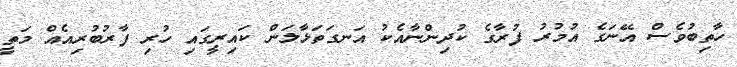
ހާތިބުވެސް އޭނަގެ އުމުރު ފުރާގެ ކުދިންނާއެކު އަނގަތަޅާލަން ކައިރީގައި ހުރި ފާރުބުރިއެއް މަތީ